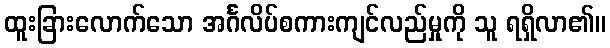
ထူးခြားလောက်သော အင်္ဂလိပ်စကားကျင်လည်မှုကို သူ ရရှိလာ၏။